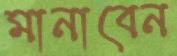
মানাবেন